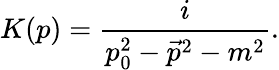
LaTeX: K(p)={\frac{i}{p_{0}^{2}-{\vec{p}}^{2}-m^{2}}}.